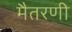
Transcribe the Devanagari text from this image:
मैतरणी